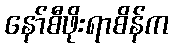
နော်စီဖိုးရာစိန်က